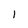
Character: l